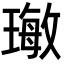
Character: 𤨨